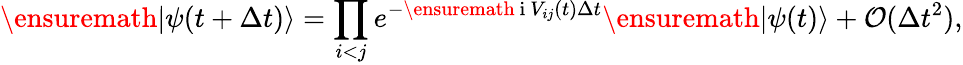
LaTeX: \ensuremath{|\psi(t+\Delta t)\rangle}=\prod_{i<j}e^{-\ensuremath{\mathrm{~i~}}V_{ij}(t)\Delta t}\ensuremath{|\psi(t)\rangle}+\mathcal{O}(\Delta t^{2}),